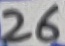
Text: 26